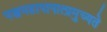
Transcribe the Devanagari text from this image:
पञ्चमहापापात्प्रमुच्यते